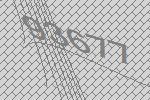
93677